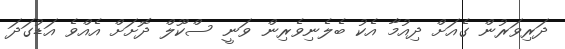
ދަރިވަރުން ގެއަށް ދިއުމާ އެކު ބެލެނިވެރިން ވަނީ ސްކޫލް ދޮށަށް އެއްވެ އަޑުގަދަ